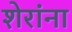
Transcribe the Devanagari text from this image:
शेरांना